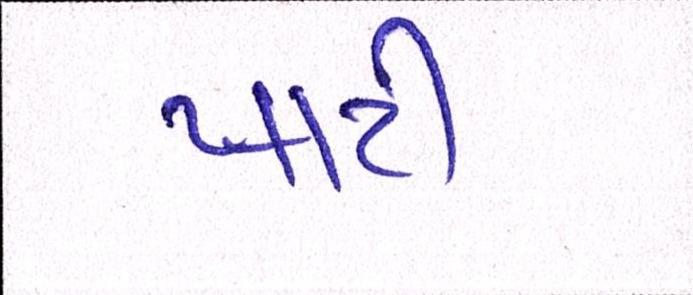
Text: પાટી